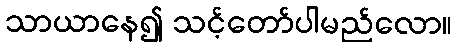
သာယာနေ၍ သင့်တော်ပါမည်လော။